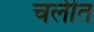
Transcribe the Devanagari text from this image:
चलीत